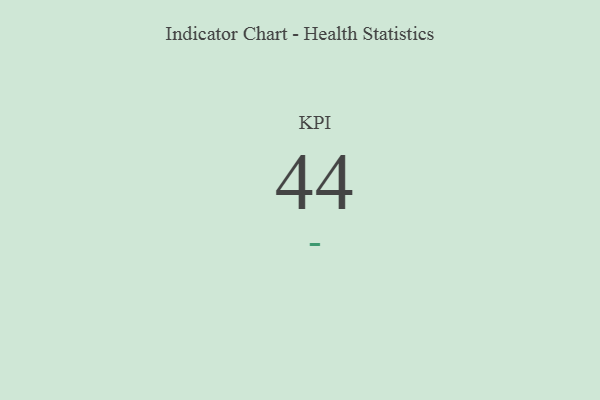
{"axis": {"x": "KPI", "y": "Value"}, "legend": [""], "data": [{"x": "KPI", "y": 44, "type": ""}]}